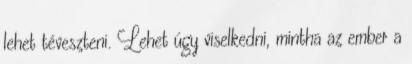
lehet téveszteni. Lehet úgy viselkedni, mintha az ember a